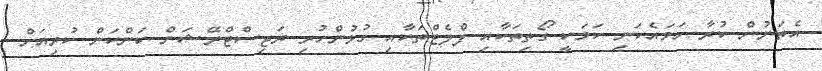
އެތަނުން ކުރާ ހަމައެކަނި ކަމަކީ ގޯތިތަކާއި ފްލެޓްތަކާއި ގުޅުންހުރި ރަޖިސްޓްރޭޝަން ކަންކަން ކުރިއަށް